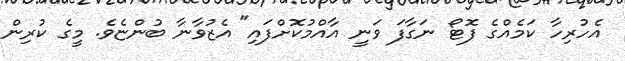
އެހުރިހާ ކަމެއްގެ ފޮޓޯ ނަގާފަ ވަނީ އާއްމުކޮށްފައި" އެޒުވާނާ ބުންޏެވެ. މީގެ ކުރިން